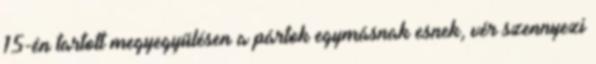
15-én tartott megyegyűlésen a pártok egymásnak esnek, vér szennyezi